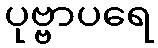
ပုဗ္ဗာပရေ